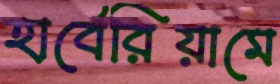
হার্বেরিয়ামে